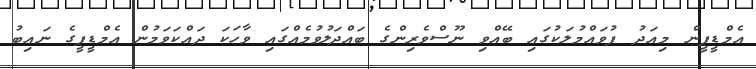
އެމްޑީޕީން މިއަދު ފުވައްމުލަކުގައި ބޭއްވި ނޫސްވެރިންގެ ބައްދަލުވުމެއްގައި ވާހަކަ ދައްކަވަމުން އެމްޑީޕީގެ ނައިބު